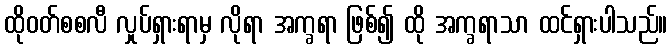
ထိုဝတ်စစလီ လှုပ်ရှားရာမှ လိုရာ အက္ခရာ ဖြစ်၍ ထို အက္ခရာသာ ထင်ရှားပါသည်။